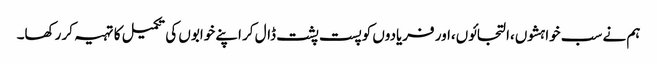
ہم نے سب خواہشوں،التجائوں،اور فریادوں کو پست پشت ڈال کر اپنے خوابوں کی تکمیل کا تہیہ کر رکھا۔